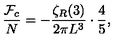
{ \frac { { \cal F } _ { c } } { N } } = - { \frac { \zeta _ { R } ( 3 ) } { 2 \pi L ^ { 3 } } } \cdot { \frac { 4 } { 5 } } ,